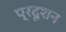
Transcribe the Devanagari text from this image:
प्रदूशन